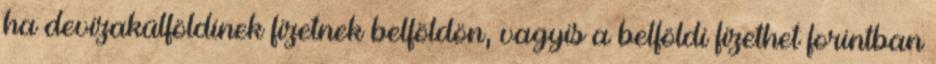
ha devizakülföldinek fizetnek belföldön, vagyis a belföldi fizethet forintban